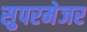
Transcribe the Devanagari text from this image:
सुपरमेजर